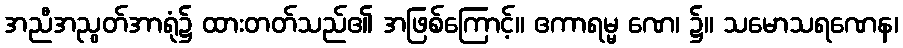
အညီအညွတ်အာရုံ၌ ထားတတ်သည်၏ အဖြစ်ကြောင့်။ ဧကာရမ္မ ဏေ၊ ၌။ သမောသရဏေန၊